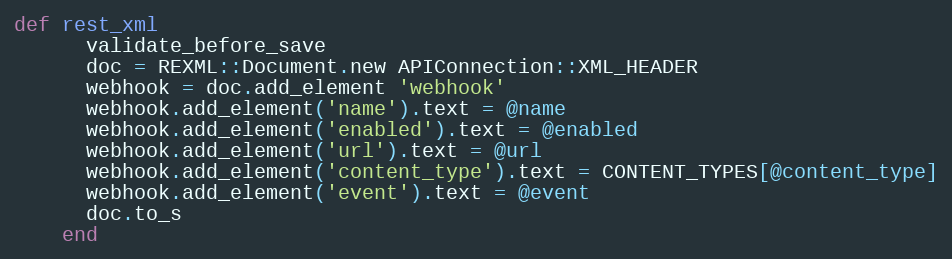
Language: Ruby
def rest_xml
      validate_before_save
      doc = REXML::Document.new APIConnection::XML_HEADER
      webhook = doc.add_element 'webhook'
      webhook.add_element('name').text = @name
      webhook.add_element('enabled').text = @enabled
      webhook.add_element('url').text = @url
      webhook.add_element('content_type').text = CONTENT_TYPES[@content_type]
      webhook.add_element('event').text = @event
      doc.to_s
    end